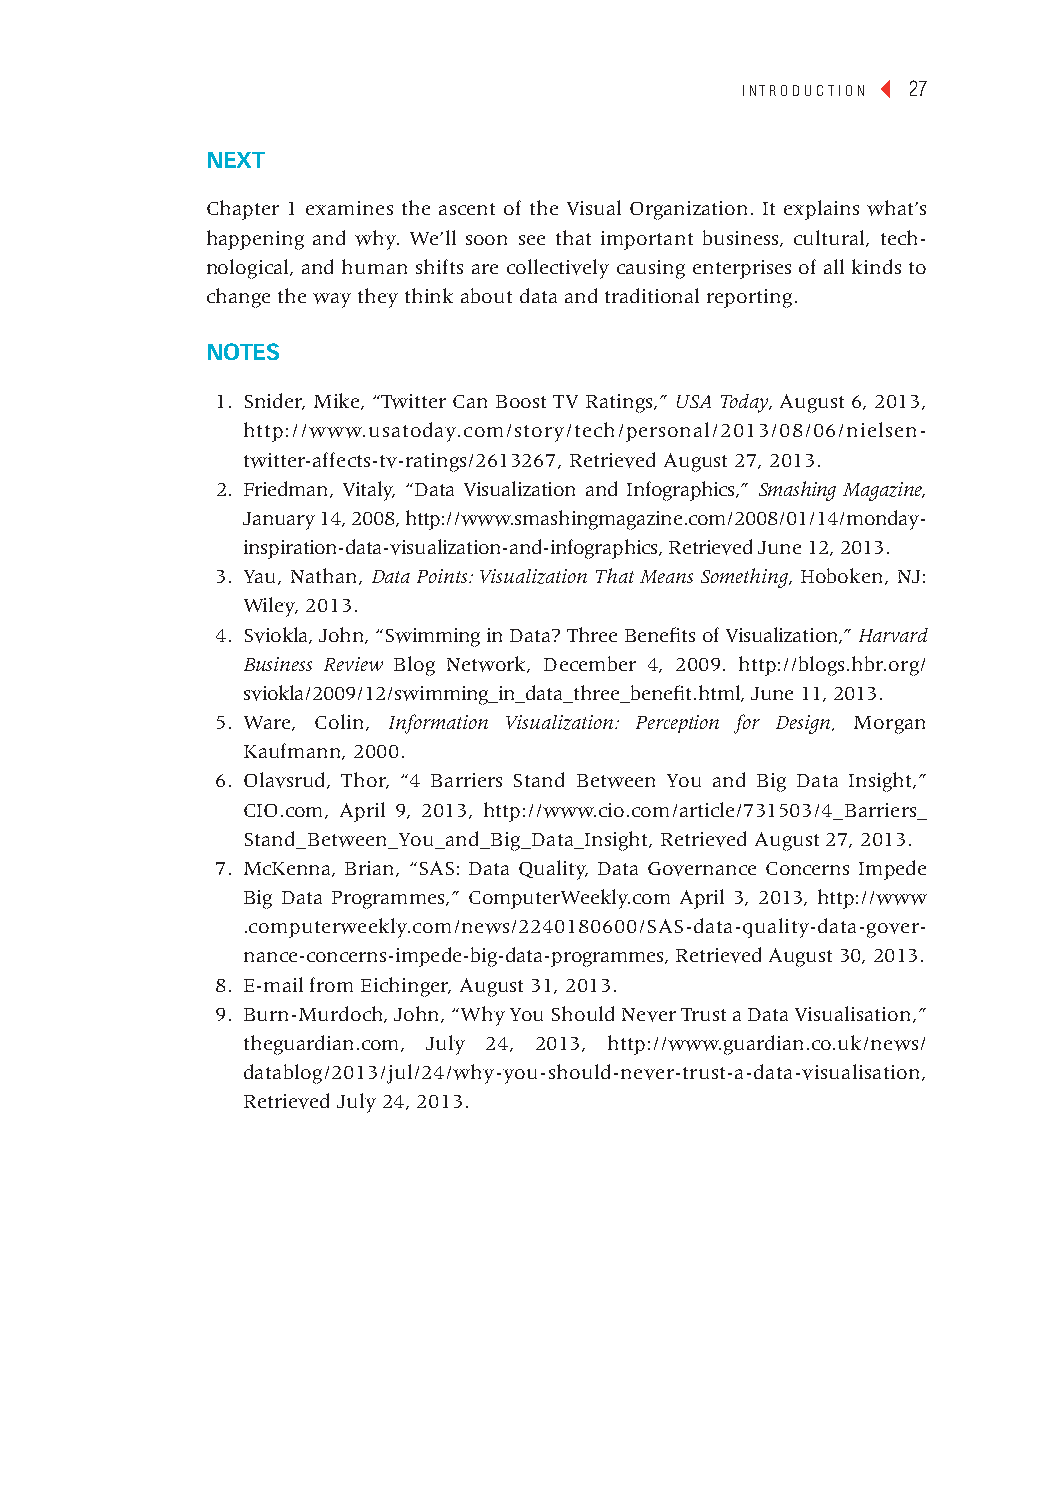
introduction ◂ 27
 next
 Chapter 1 examines the ascent of the Visual Organization. It explains what’s
 happening and why. We’ll soon see that important business, cultural, tech-
 nological, and human shifts are collectively causing enterprises of all kinds to
 change the way they think about data and traditional reporting.
 nOtes
 1. Snider, Mike, “Twitter Can Boost TV Ratings,” USA Today, August 6, 2013,
 http://www.usatoday.com/story/tech/personal/2013/08/06/nielsen-
 twitter-affects-tv-ratings/2613267, Retrieved August 27, 2013.
 2. Friedman, Vitaly, “Data Visualization and Infographics,” Smashing Magazine,
 January 14, 2008, http://www.smashingmagazine.com/2008/01/14/monday-
 inspiration-data-visualization-and-infographics, Retrieved June 12, 2013.
 3. Yau, Nathan, Data Points: Visualization That Means Something, Hoboken, NJ:
 Wiley, 2013.
 4. Sviokla, John, “Swimming in Data? Three Benefits of Visualization,” Harvard
 Business Review Blog Network, December 4, 2009. http://blogs.hbr.org/
 sviokla/2009/12/swimming_in_data_three_benefit.html, June 11, 2013.
 5. Ware, Colin, Information Visualization: Perception for Design, Morgan
 Kaufmann, 2000.
 6. Olavsrud, Thor, “4 Barriers Stand Between You and Big Data Insight,”
 CIO.com, April 9, 2013, http://www.cio.com/article/731503/4_Barriers_
 Stand_Between_You_and_Big_Data_Insight, Retrieved August 27, 2013.
 7. McKenna, Brian, “SAS: Data Quality, Data Governance Concerns Impede
 Big Data Programmes,” ComputerWeekly.com April 3, 2013, http://www
 .computerweekly.com/news/2240180600/SAS-data-quality-data-gover-
 nance-concerns-impede-big-data-programmes, Retrieved August 30, 2013.
 8. E-mail from Eichinger, August 31, 2013.
 9. Burn-Murdoch, John, “Why You Should Never Trust a Data Visualisation,”
 theguardian.com, July 24, 2013, http://www.guardian.co.uk/news/
 datablog/2013/jul/24/why-you-should-never-trust-a-data-visualisation,
 Retrieved July 24, 2013.
 cintro 27                                                 January 28, 2014 9:50 PM